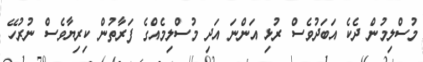
މުސްލިމުން ދެކެ އަބަދުވެސް ރުޅި އަންނަ އަދި މުސްލިމެއްގެ ފަރާތުން ކިރިޔާވެސް ނުރުހޭ